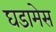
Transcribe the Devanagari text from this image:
घडामेस